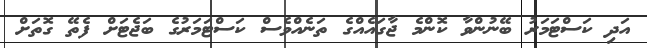
އަދި ކަސްޓަމަރު ބޭނުންވާ ކޮންމެ ޖާގައެއްގެ ތަނެއްވެސް ކަސްޓަމަރުގެ ބަޖެޓަށް ފެތޭ ގޮތަށް